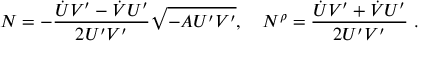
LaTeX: N = - \frac { \dot { U } V ^ { \prime } - \dot { V } U ^ { \prime } } { 2 U ^ { \prime } V ^ { \prime } } \sqrt { - A U ^ { \prime } V ^ { \prime } } , \quad N ^ { \rho } = \frac { \dot { U } V ^ { \prime } + \dot { V } U ^ { \prime } } { 2 U ^ { \prime } V ^ { \prime } } \ .